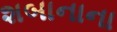
શબાનાના